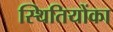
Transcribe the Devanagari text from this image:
स्थितियोंका